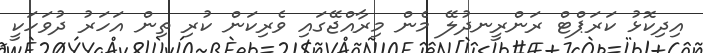
އިދިކޮޅު ކަރަޕްޓް ރަންރީނދުލޭ މެން މިރާއްޖޭގައި ވެރިކަން ކުރި ތިން އަހަރު ދުވަހަކީ